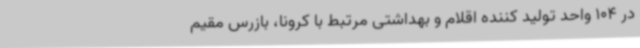
در 104 واحد تولید کننده اقلام و بهداشتی مرتبط با کرونا، بازرس مقیم